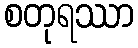
စတုရဿာ